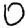
Digit: 0